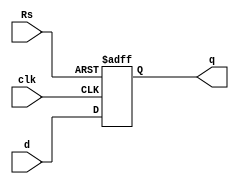
`timescale 1ns / 1ps
//////////////////////////////////////////////////////////////////////////////////
// Company: 
// Engineer: 
// 
// Design Name: 
// Module Name: Dff_Lab5
// Project Name: 
// Target Devices: 
// Tool Versions: 
// Description: 
// 
// Dependencies: 
// 
// Revision:
// Revision 0.01 - File Created
// Additional Comments:
// 
//////////////////////////////////////////////////////////////////////////////////


module Dff_Lab5(d, q, clk, Rs);
input d, clk, Rs;
output reg q;
always @(posedge Rs or posedge  clk)
if(Rs)
    q<= 1'b0;
    else
    q<=d;

endmodule



//module TB;

//reg d, clk, Rs;
//wire  q;

//Dff_Lab5    dff0(d, q, clk, Rs);
//initial 
//begin

//#00 Rs = 0; clk = 0;    d = 0;
//#10 Rs = 0; clk = 0;    d = 1;
//#10 Rs = 0; clk = 1;    d = 0;
//#10 Rs = 0; clk = 1;    d = 1;
//#10 Rs = 1; clk = 0;    d = 0;
//#10 Rs = 1; clk = 0;    d = 1;
//#10 Rs = 1; clk = 1;    d = 0;
//#10 Rs = 1; clk = 1;    d = 1;
//#10 Rs = 0; clk = 0;    d = 0;
//#10 $stop;
//end

//endmodule